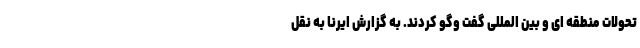
تحولات منطقه ای و بین المللی گفت وگو کردند. به گزارش ایرنا به نقل